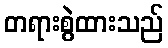
တရားစွဲထားသည်